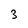
Character: 3